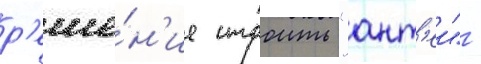
р'еше́н'ие строить "ант'еи" -